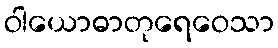
ဝါယောဓာတုရေဝေသာ